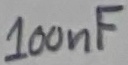
Text: 100nF